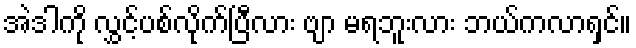
အဲဒါကို လွှင့်ပစ်လိုက်ပြီလား ဗျာ မရဘူးလား ဘယ်ကလာရှင်။